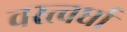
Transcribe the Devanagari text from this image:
वस्त्वर्धा